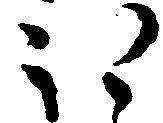
ほ